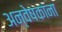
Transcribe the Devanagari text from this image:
अन्वेषकांना